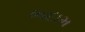
ભદામ